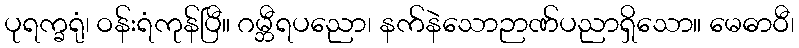
ပုရက္ခရုံ၊ ဝန်းရံကုန်ပြီ။ ဂမ္ဘီရပညော၊ နက်နဲသောဉာဏ်ပညာရှိသော။ မေဓာဝီ၊